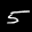
Label: 5